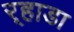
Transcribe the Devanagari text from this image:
र्‍हाडा